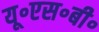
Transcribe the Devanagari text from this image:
यू॰एस॰बी॰